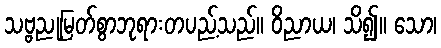
သဗ္ဗညုမြတ်စွာဘုရားတပည့်သည်။ ဝိညာယ၊ သိ၍။ သော၊